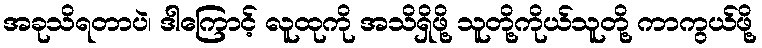
အခုသိရတာပဲ၊ ဒါကြောင့် လူထုကို အသိရှိဖို့ သူတို့ကိုယ်သူတို့ ကာကွယ်ဖို့